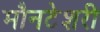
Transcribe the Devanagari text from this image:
मौनटेशरी